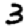
Digit: 3